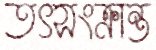
তৎসংক্রান্ত